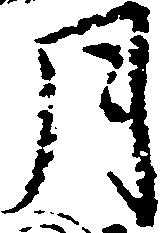
月